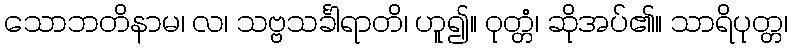
သောဘတိနာမ၊ လ၊ သဗ္ဗသင်္ခါရာတိ၊ ဟူ၍။ ဝုတ္တံ၊ ဆိုအပ်၏။ သာရိပုတ္တ၊